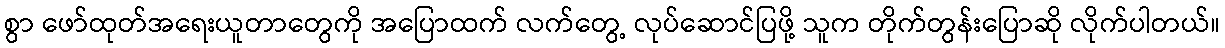
စွာ ဖော်ထုတ်အရေးယူတာတွေကို အပြောထက် လက်တွေ့ လုပ်ဆောင်ပြဖို့ သူက တိုက်တွန်းပြောဆို လိုက်ပါတယ်။